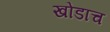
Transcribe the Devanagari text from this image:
खोडाच